Lunatic asylums Punjab 1881-1894 - 1881-1894
Year: 1881
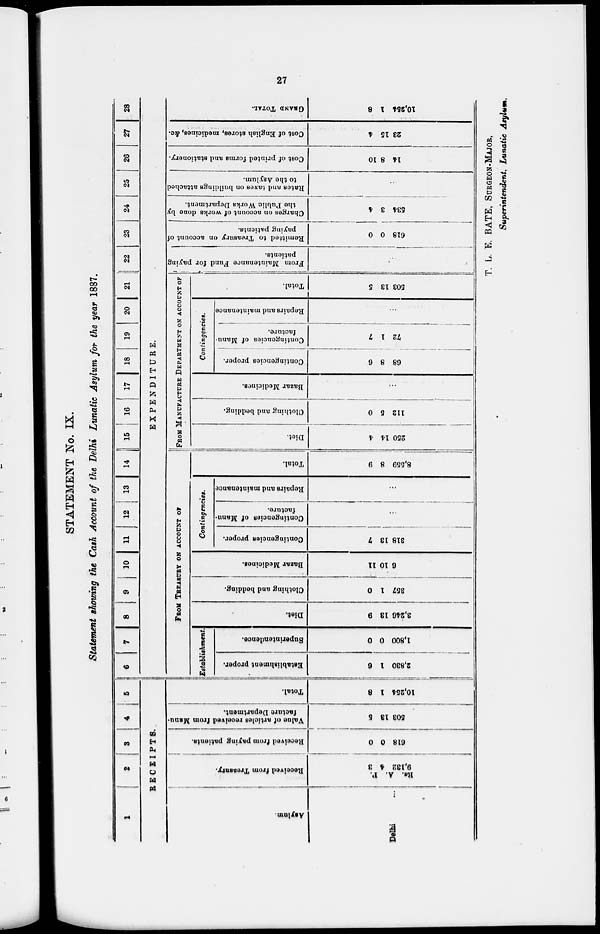
27
STATEMENT No. IX.
Statement showing the Cash Account of the Delhi Lunatic Asylum for the year 1887.
1
2
3
4
5
RECEIPTS.
Asylum.
Delhi
Received from Treasury.
P.
A.
Rs.
3
4
9,182
Received from paying patients.
0
0
618
Value of articles received from Manu-
facture Department.
5
13
503
Total.
8
1
10,254
6
7 8 9 10 11 12 13
14 15 16 17 18 19 20 21
22
23
24
25
26
27
28
EXPENDITURE.
FROM TREASURY ON ACCOUNT OF
Establishment.
Establishment proper.
6
1
2,830
Superintendence.
0
0
1,800
Diet.
9
13
3,246
Clothing and bedding.
0
1
357
Bazar Medicines.
11
10
6
Contingencies.
Contingencies proper.
7
13
318
Contingencies of Mann-
facturo.
...
Repairs and maintenance
...
Total.
9
8
8,559
FROM MANUFACTURE DEPARTMENT ON ACCOUNT OF
Diet.
4
14
250
Clothing and bedding.
0
5
112
Bazar Medicines.
...
Contingencies.
Contingencies proper.
6
8
68
Contingencies of Manu-
facture.
7
1
72
Repairs and maintenance
...
Total.
5
13
503
From Maintenance Fund for paying
patients.
...
Remitted to Treasury on account of
paying patients.
0
0
618
Charges on account of works done by
the Public Works Department.
4
3
534
Rates and taxes on buildings attached
to the Asylum.
...
Cost of printed forms and stationery.
10
8
14
Cost of English stores, medicines, Ac.
4
15
23
GRAND
TOTAL.
8
1
10,254
T. L. E. BATE, SURGEON-MAJOR,
Superintendent, Lunatic Asylum.